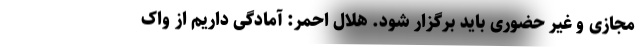
مجازی و غیر حضوری باید برگزار شود. هلال احمر: آمادگی داریم از واک